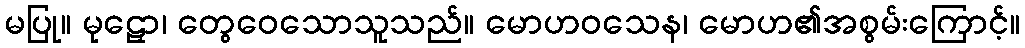
မပြု။ မုဠှော၊ တွေဝေသောသူသည်။ မောဟဝသေန၊ မောဟ၏အစွမ်းကြောင့်။